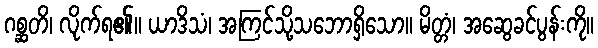
ဂစ္ဆတိ၊ လိုက်ရ၏။ ယာဒိသံ၊ အကြင်သို့သဘောရှိသော။ မိတ္တံ၊ အဆွေခင်ပွန်းကို။